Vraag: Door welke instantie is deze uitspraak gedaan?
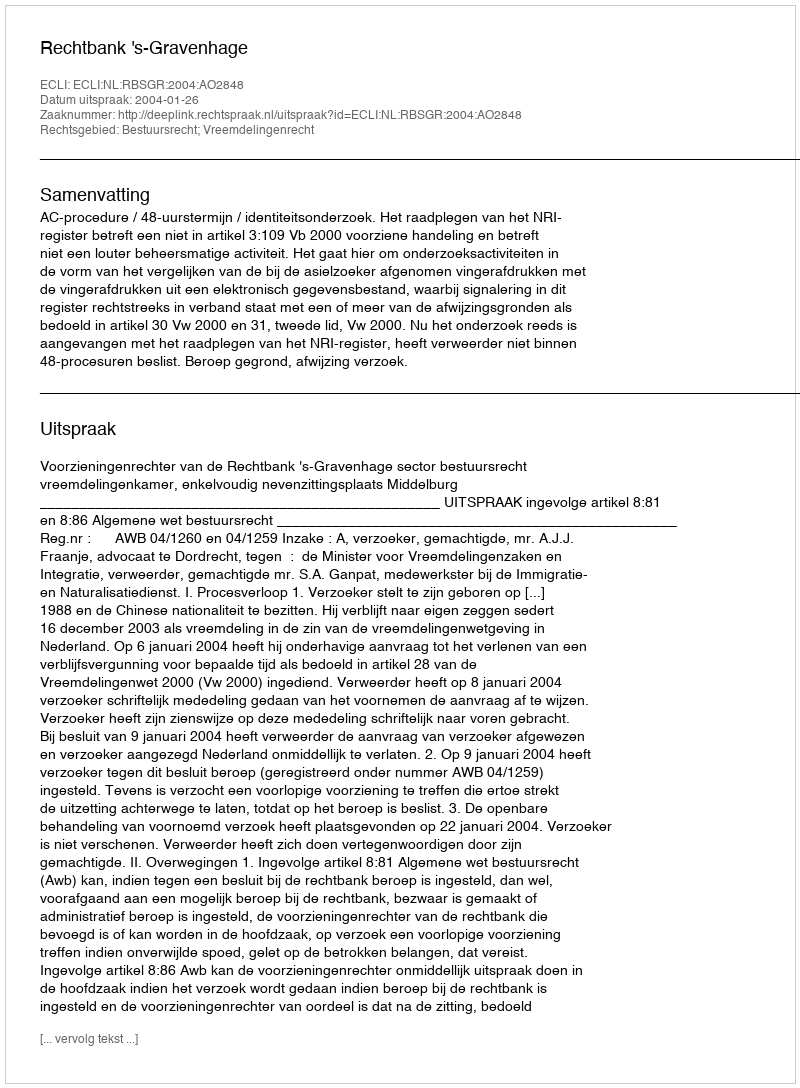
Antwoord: Rechtbank 's-Gravenhage